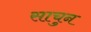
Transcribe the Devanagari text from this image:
साचुन